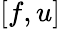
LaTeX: [f,u]